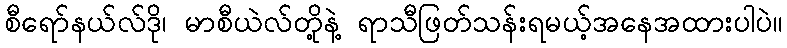
စီရော်နယ်လ်ဒို၊ မာစီယဲလ်တို့နဲ့ ရာသီဖြတ်သန်းရမယ့်အနေအထားပါပဲ။